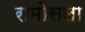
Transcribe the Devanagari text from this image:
रामोसला